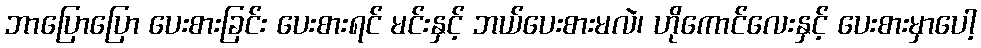
ဘာပြောပြော ပေးစားခြင်း ပေးစားရင် မင်းနှင့် ဘယ်ပေးစားမလဲ၊ ဟိုကောင်လေးနှင့် ပေးစားမှာပေါ့